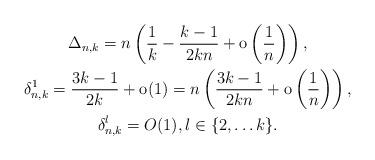
LaTeX: \begin{gather*}\Delta_{n,k}=n\left(\frac{1}{k}-\frac{k-1}{2kn}+{\rm o}\left(\frac{1}{n}\right)\right),\\\delta_{n,k}^{1}=\frac{3k-1}{2k}+{\rm o}(1)=n\left(\frac{3k-1}{2kn}+{\rm o}\left(\frac{1}{n}\right)\right),\\\delta_{n,k}^{l}=O(1), l \in \{2,\ldots k\}.\end{gather*}